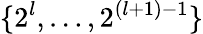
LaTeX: \{ 2^{l},\dots,2^{(l+1)-1}\}